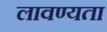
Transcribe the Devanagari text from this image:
लावण्‍यता